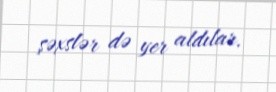
şəxslər də yer aldılar.